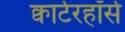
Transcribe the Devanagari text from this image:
क्वार्टरहॉर्स